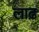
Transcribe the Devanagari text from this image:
लाढ़